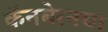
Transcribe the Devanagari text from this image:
कॅनबेरनचा